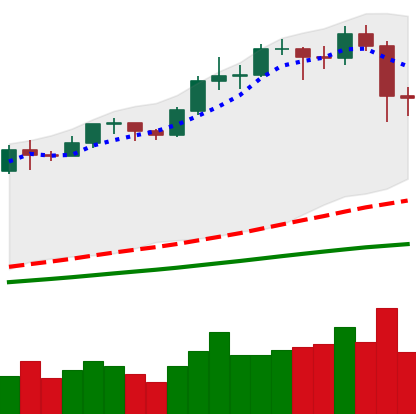
Ticker: BTC-USD
Chart end date: 2020-11-27
Forward return: 12.232%
Label: up_7plus